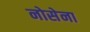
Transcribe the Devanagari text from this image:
नोसेना